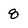
Character: 8